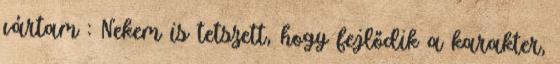
vártam : Nekem is tetszett, hogy fejlődik a karakter,